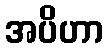
အပိဟာ